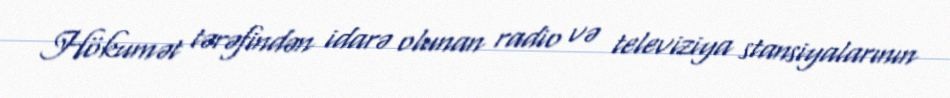
Hökumət tərəfindən idarə olunan radio və televiziya stansiyalarının